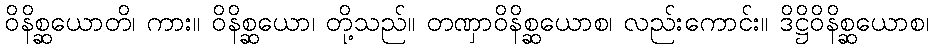
ဝိနိစ္ဆယောတိ၊ ကား။ ဝိနိစ္ဆယော၊ တို့သည်။ တဏှာဝိနိစ္ဆယောစ၊ လည်းကောင်း။ ဒိဋ္ဌိဝိနိစ္ဆယောစ၊